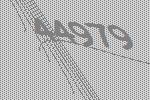
44979